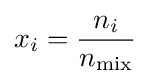
x_{i}={\frac {n_{i}}{n_{\rm {mix}}}}